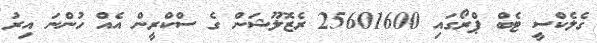
ގެލެކްސީ ޓެބް ޕްރޯގައި 25601600 ރެޒޮލޫޝަން ގެ ސްކްރީން އެއް ހުންނަ އިރު